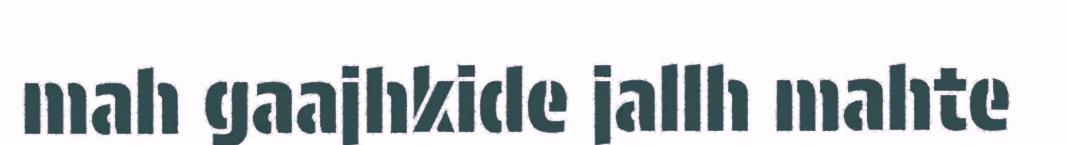
mah gaajhkide jallh mahte